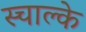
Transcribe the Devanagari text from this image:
स्चाल्के